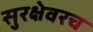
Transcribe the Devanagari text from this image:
सुरक्षेवरच